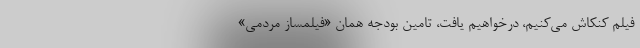
فیلم کنکاش می‌کنیم، درخواهیم یافت، تامین بودجه همان «فیلمساز مردمی»